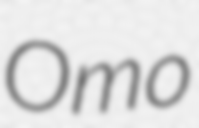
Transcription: Omo